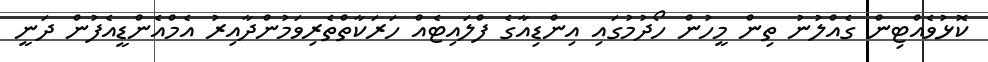
ކޮޅުވެއްޓިން ގެއްލުނު ތިން މީހުން ހޯދުމުގައި އިންޑިއާގެ ފްލައިޓެއް ހަރަކާތްތެރިވަމުންދާއިރު އެމްއެންޑީއެފުން ދަނީ